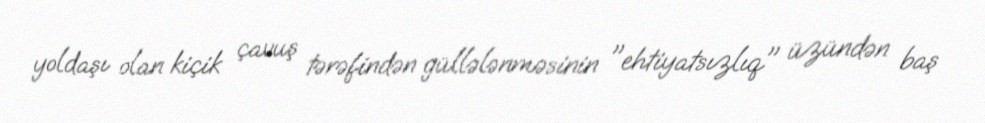
yoldaşı olan kiçik çavuş tərəfindən güllələnməsinin "ehtiyatsızlıq" üzündən baş